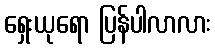
ရှေးယုရော ပြန်ပါလာလား